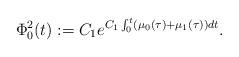
LaTeX: \begin{align*}\Phi_{0}^{2}(t):= C_{1}e^{C_{1}\int_{0}^{t}(\mu_{0}(\tau)+\mu_{1}(\tau))dt}.\end{align*}